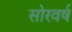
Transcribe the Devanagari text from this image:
सोरवर्ष